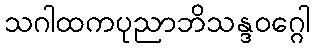
သဂါထကပုညာဘိသန္ဒဝဂ္ဂေါ